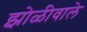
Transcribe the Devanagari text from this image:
झोळीवाले